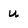
Character: u